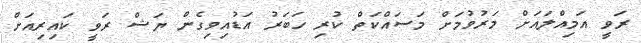
ރަވީ އަމިއްލައަށް މަރުވުމަށް މަސައްކަތް ކުރި ހަބަރު އަޑުއިވިގެން ޔަޝް ރަވީ ކައިރިއަށް